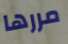
مررها